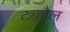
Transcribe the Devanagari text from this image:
ट्यूबैल